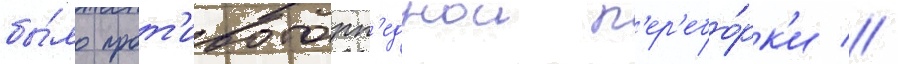
бы́ло прот'ивоторп'еднои п'ер'ебо́рк'и //